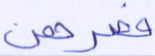
فصرهن